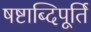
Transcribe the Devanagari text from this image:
षष्टाब्दिपूर्ति